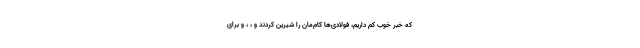
که خبر خوب کم داریم، فولادی‌ها کام‌مان را شیرین کردند و ، ، و برای